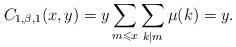
LaTeX: \begin{align*} C_{1,\beta,1}(x,y) = y\sum\limits_{m \leqslant x} {\sum\limits_{k|m} {\mu (k)} } = y. \end{align*}